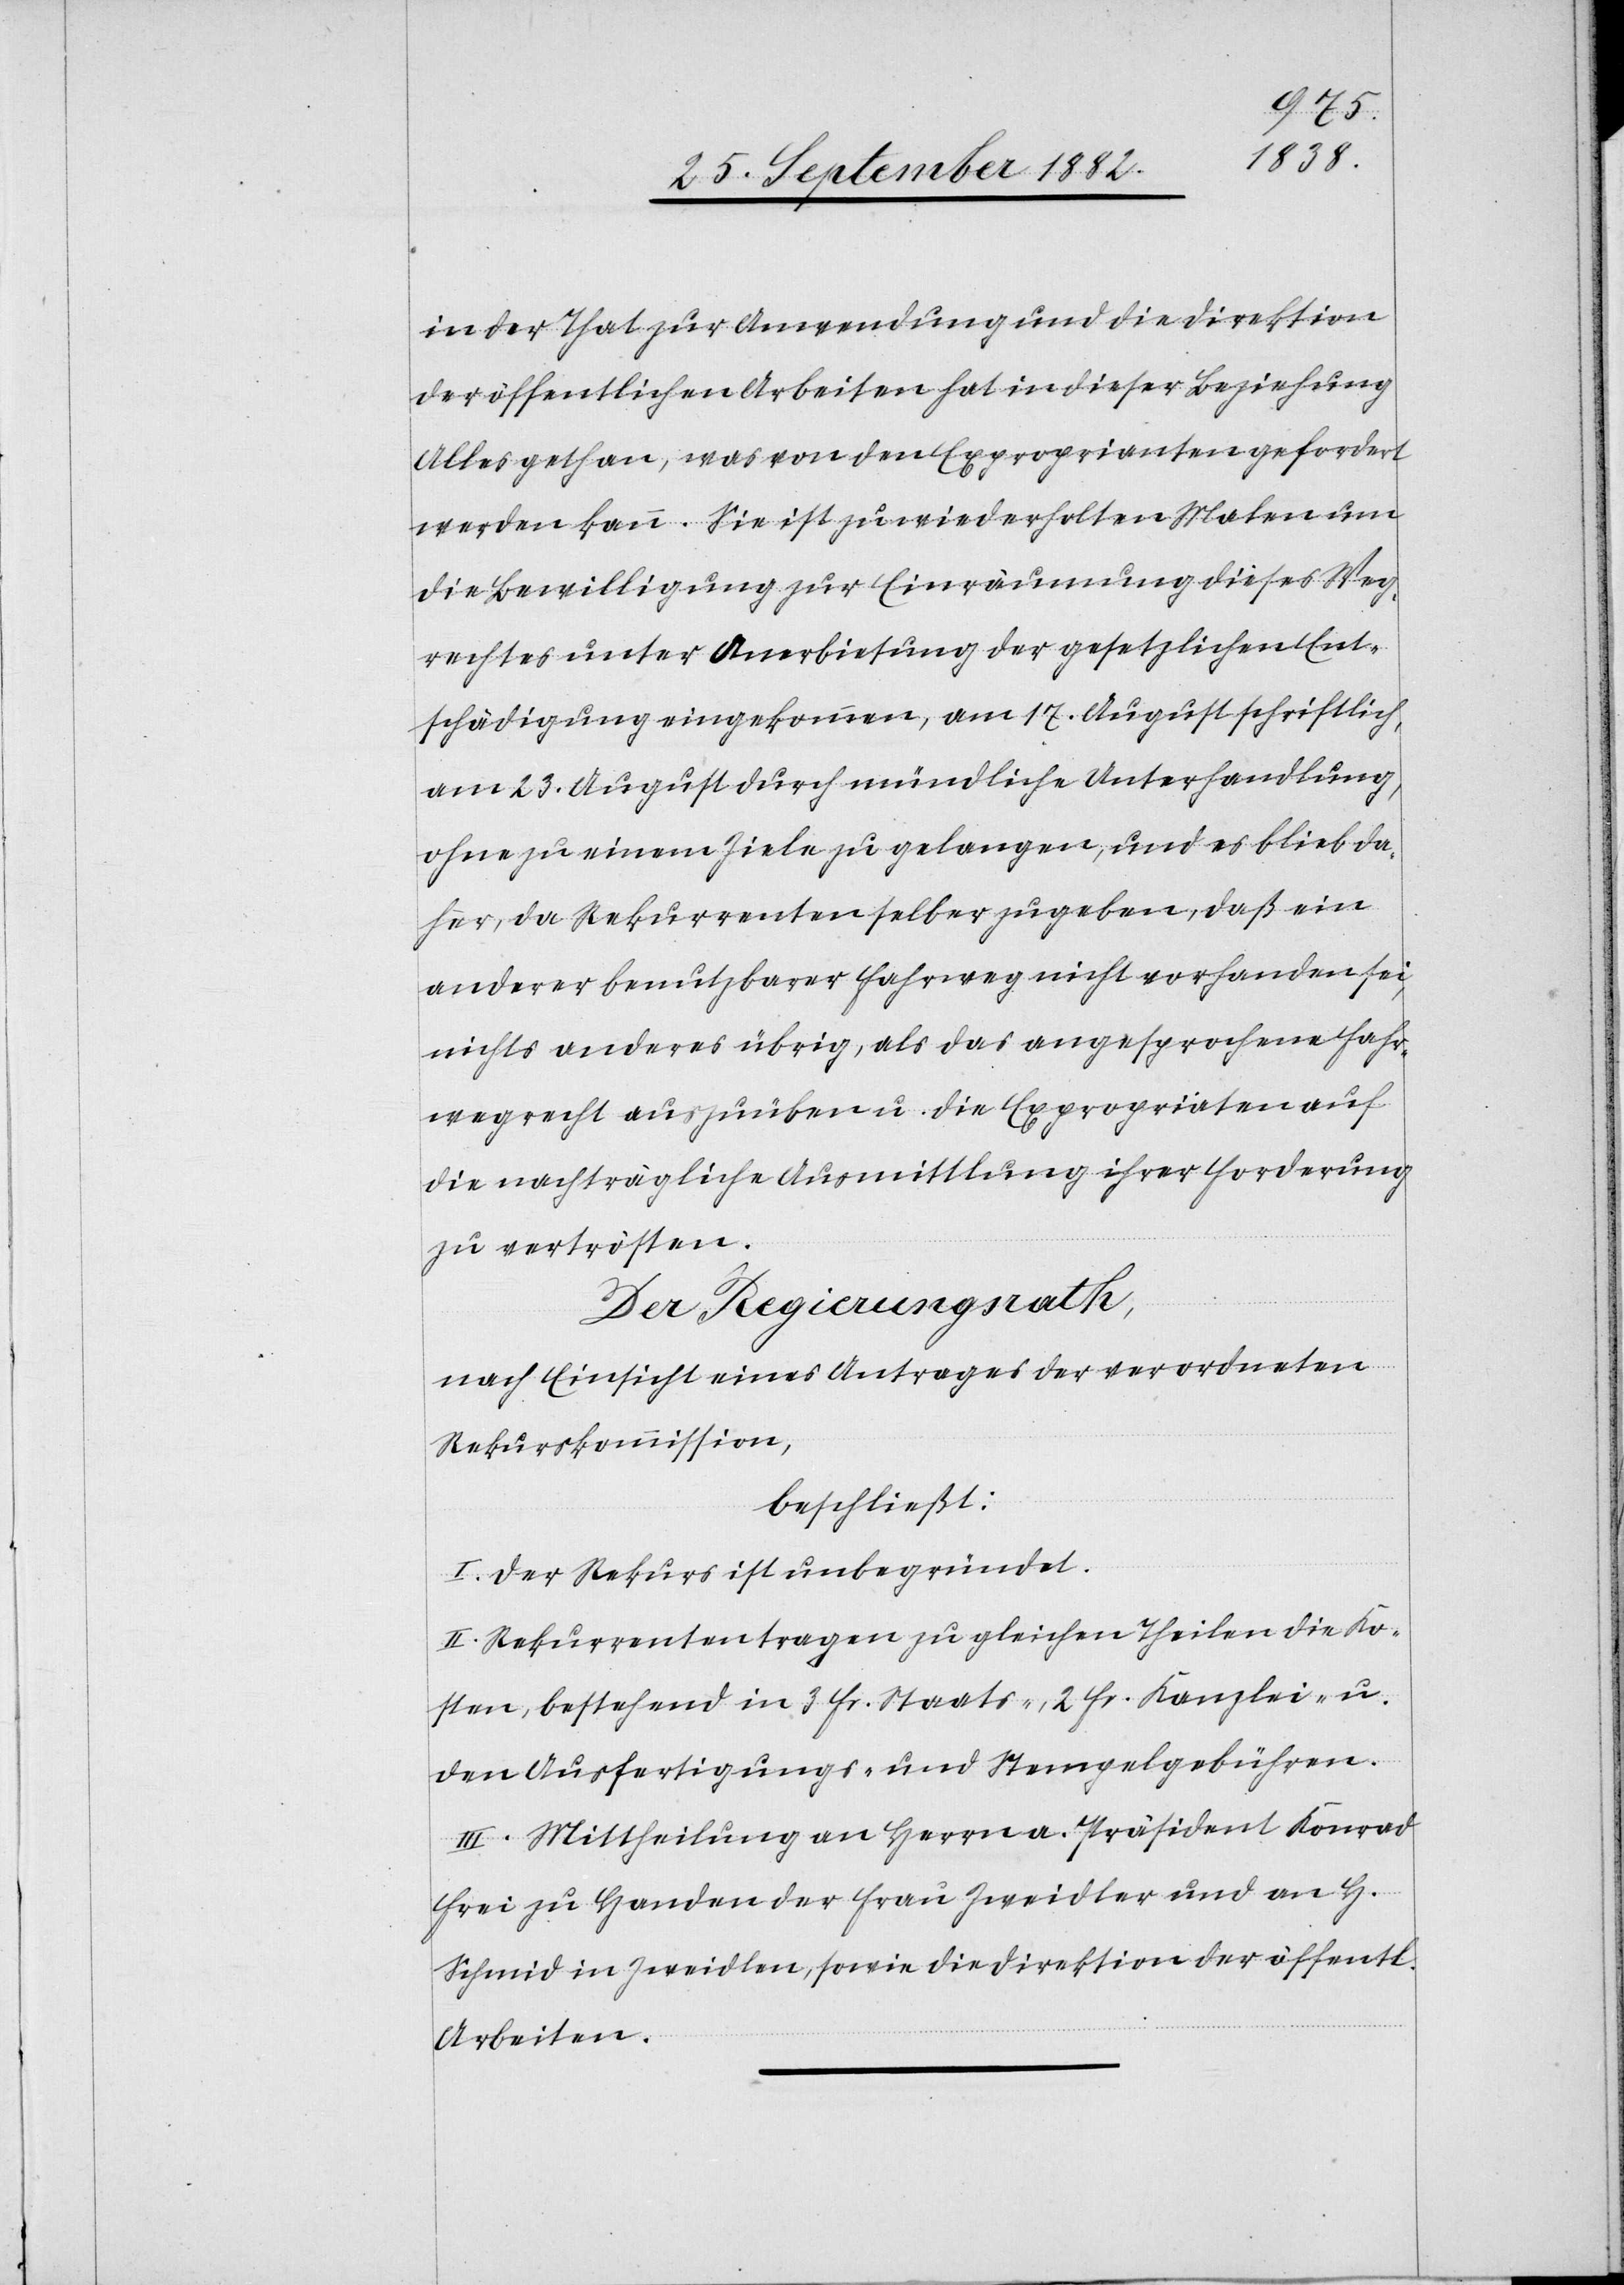
in der That zur Anwendung und die Direktion
der öffentlichen Arbeiten hat in dieser Beziehung
Alles gethan, was von den Exproprianten gefordert
werden kann. Sie ist zu wiederholten Malen um
die Bewilligung zur Einräumung dieses Wege¬
rechtes unter Anerbietung der gesetzlichen Ent¬
schädigung eingekommen, am 17. August schriftlich,
am 23. August durch mündliche Unterhandlung,
ohne zu einem Ziele zu gelangen, und es blieb da¬
her, da Rekurrenten selber zugeben, daß ein
anderer benutzbarer Fahrweg nicht vorhanden sei,
nichts anderes übrig, als das angesprochene Fahr¬
wegrecht auszuüben u. die Expropriaten auf
die nachträgliche Ausmittlung ihrer Forderung
zu vertrösten.
Der Regierungsrath,
nach Einsicht eines Antrages der verordneten
Rekurskommission,
beschließt:
I. Der Rekurs ist unbegründet.
II. Rekurrenten tragen zu gleichen Theilen die Ko¬
sten, bestehend in 3 Fr. Staats-, 2 Fr. Kanzlei- u.
den Ausfertigungs- und Stempelgebühren.
III. Mittheilung an Herrn a. Präsident Konrad
Frei zu Handen der Frau Zweidler und an
Schmid in Zweidlen, sowie die Direktion der öffentl.
Arbeiten.